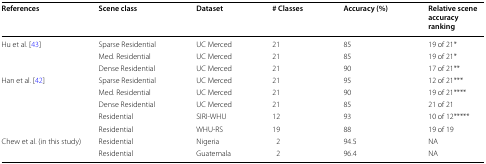
| References | Scene class | Dataset | # Classes | Accuracy (%) | Relative scene accuracy ranking |
 | --- | --- | --- | --- | --- | --- |
 | <ROWSPAN=3> Hu et al. [43] | Sparse Residential | UC Merced | 21 | 85 | 19 of 21* |
 | Med. Residential | UC Merced | 21 | 85 | 19 of 21* |
 | Dense Residential | UC Merced | 21 | 90 | 17 of 21** |
 | <ROWSPAN=5> Han et al. [42] | Sparse Residential | UC Merced | 21 | 95 | 12 of 21*** |
 | Med. Residential | UC Merced | 21 | 90 | 19 of 21**** |
 | Dense Residential | UC Merced | 21 | 85 | 21 of 21 |
 | Residential | SIRI-WHU | 12 | 93 | 10 of 12***** |
 | Residential | WHU-RS | 19 | 88 | 19 of 19 |
 | <ROWSPAN=2> Chew et al. (in this study) | Residential | Nigeria | 2 | 94.5 | NA |
 | Residential | Guatemala | 2 | 96.4 | NA |